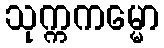
သုက္ကကမ္မော